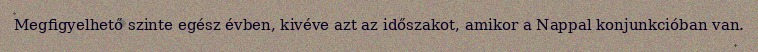
Megfigyelhető szinte egész évben, kivéve azt az időszakot, amikor a Nappal konjunkcióban van.